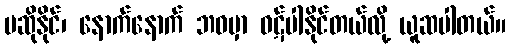
မဆိုနိုင်၊ နောက်နောက် ဘဝမှာ ဝဋ်ပါနိုင်တယ်လို့ ယူဆပါတယ်။